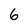
Character: 6